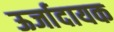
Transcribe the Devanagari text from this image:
ऊर्जादायक